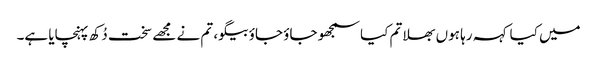
میں کیا کہہ رہا ہوں بھلا تم کیا سمجھو جاؤ جاؤ بیگو، تم نے مجھے سخت دُکھ پہنچایا ہے۔